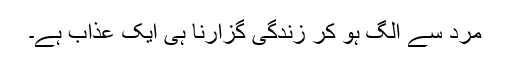
مرد سے الگ ہو کر زندگی گزارنا ہی ایک عذاب ہے۔